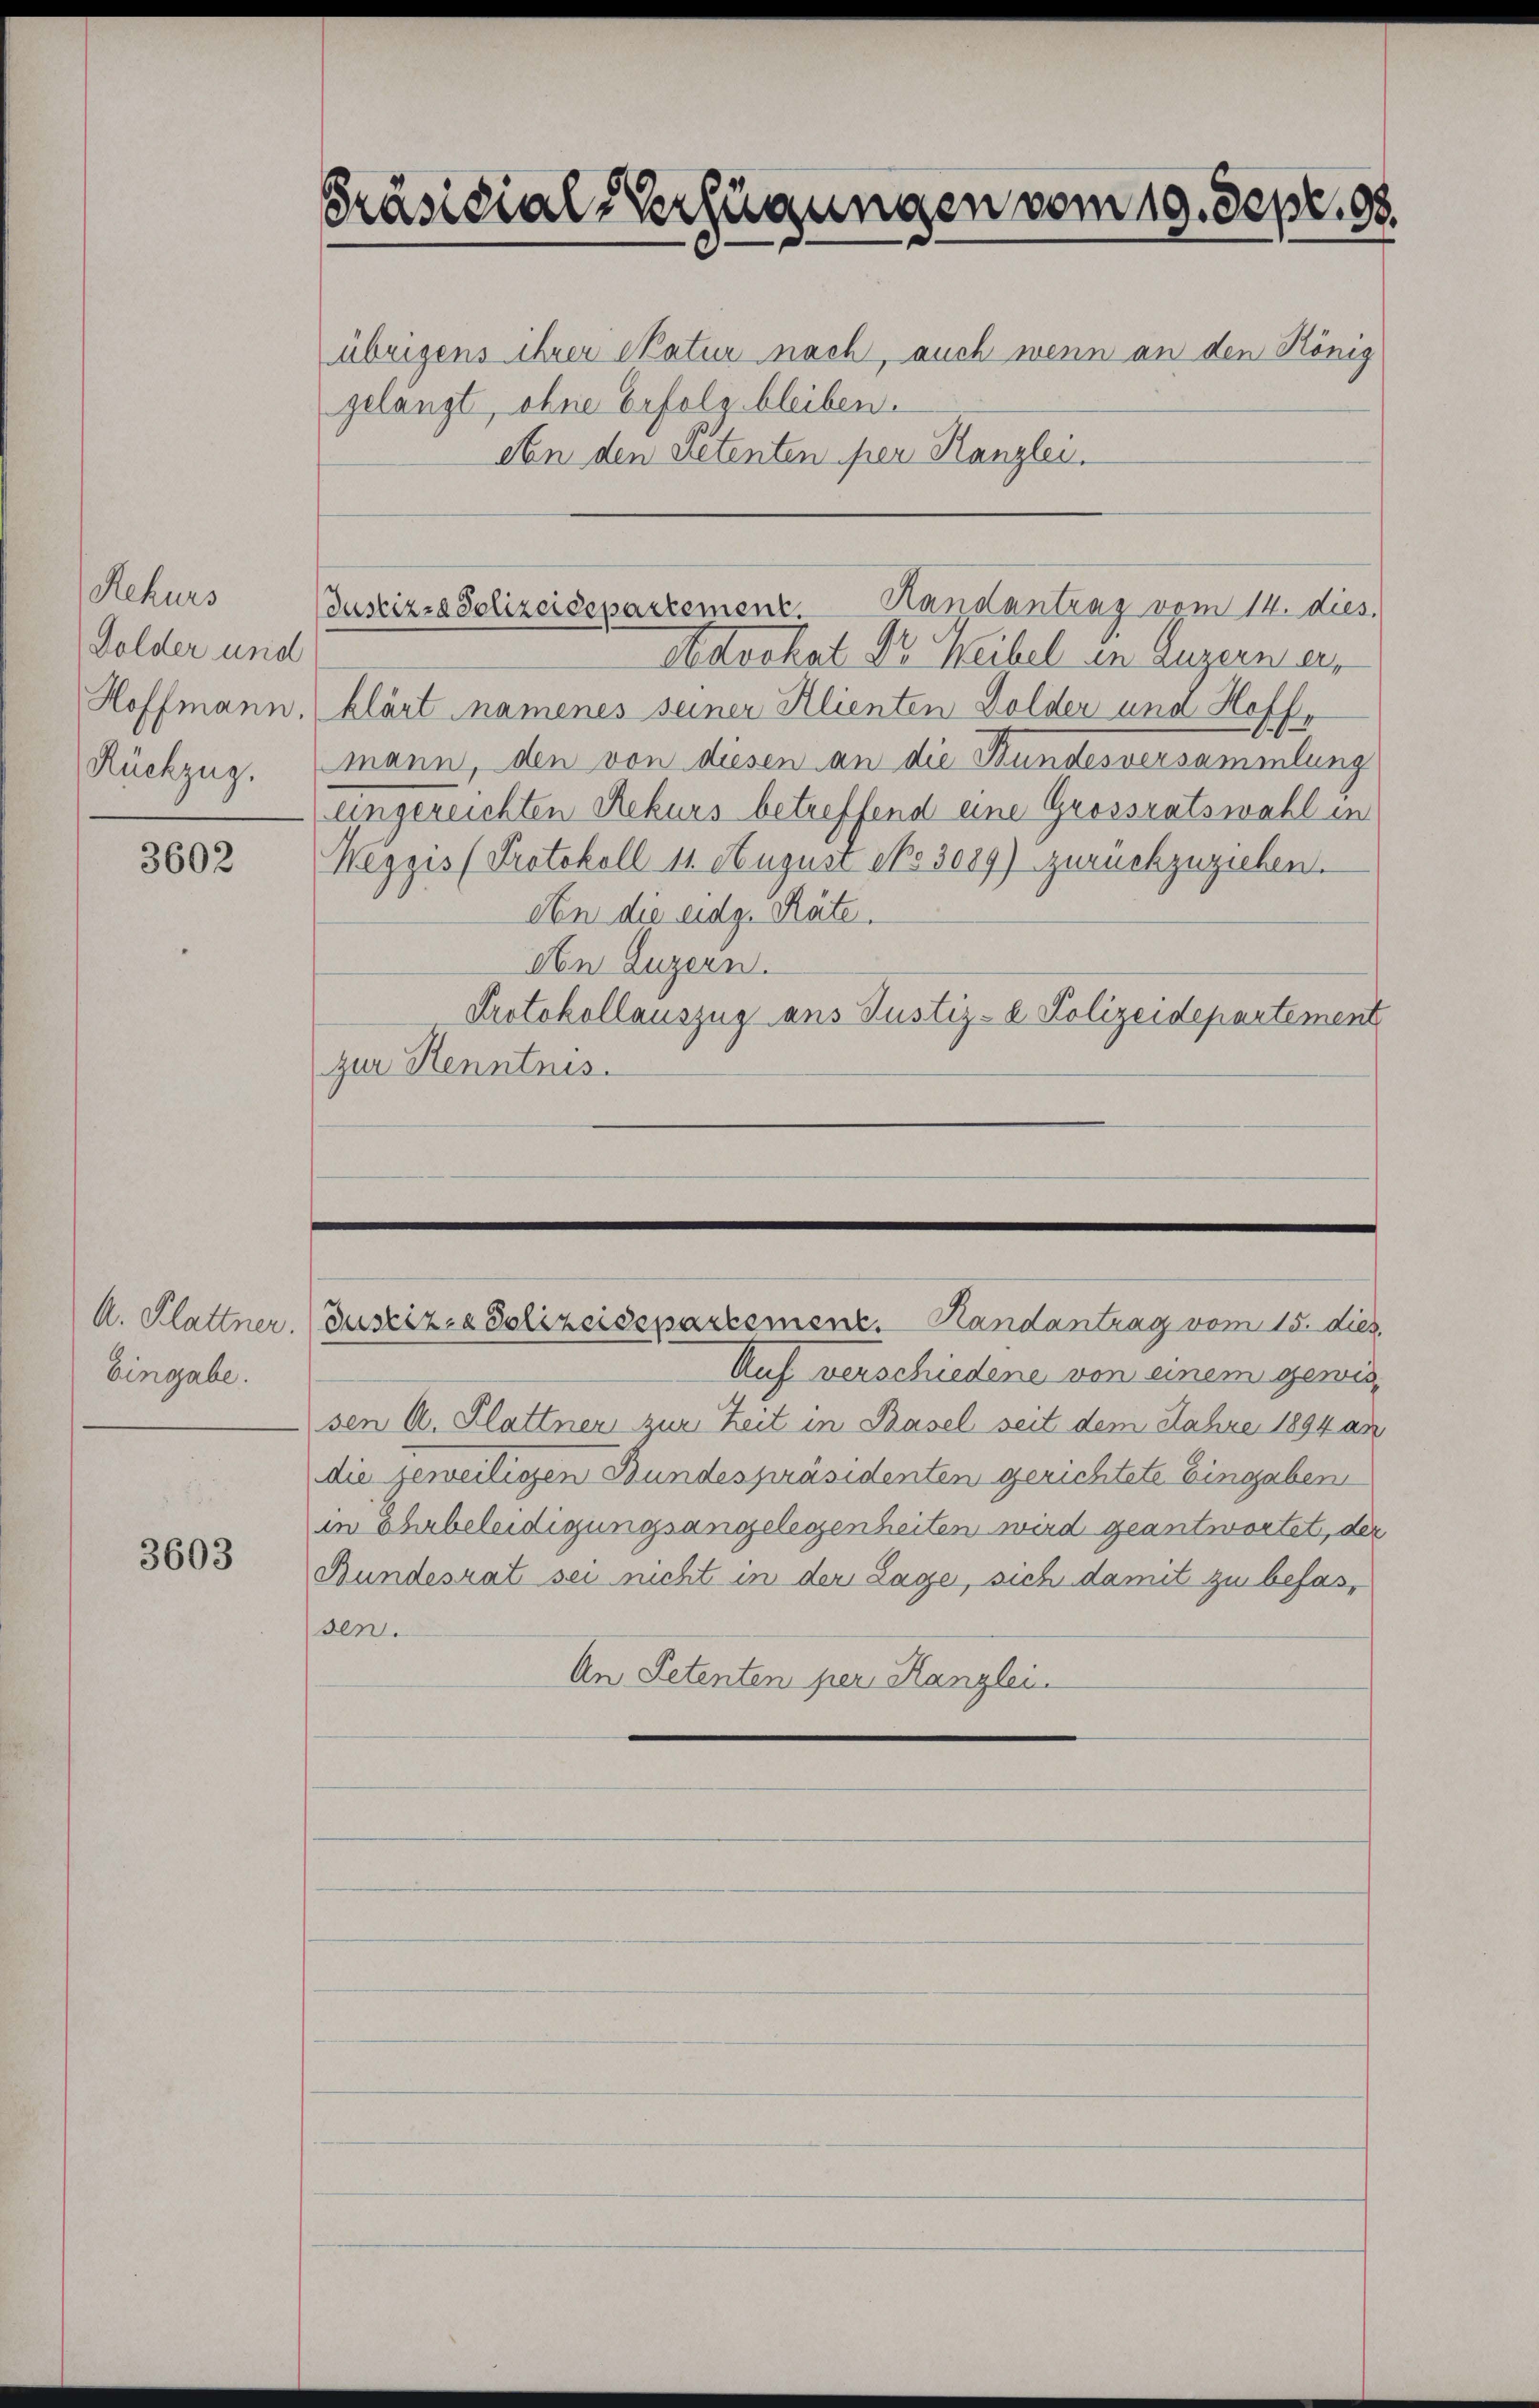
Rekurs
Dolder und
Rückzug.

3602

A. Klattner.
Eingabe.

3603

Präsidial-Verfügungen vom 19. Sept. 98.

übrigens ihrer Skatur nach, auch wenn an den König
gelangt, ohne Erfolg bleiben.
An den pretenten per Kanzlei.

Justiz- & Polizeidepartement. Handantrag vom 14. dies.

Advokat Dr. Weibel in Luzern er¬
Hoffmann, klärt namenes seiner Klienten Dolder und Hoffe
mann, den von diesen an die Bundesversammlung
uingereichten Rekurs betreffend eine Grossratswahl in
Weggis (Protokoll 11. August spo 3089) zurückzuziehen.
An die eidg. Räte.
An Luzern.
Protokollauszug aus Justiz- & Polizeidepartement
zur Kenntnis.

Justiz- & Polizeidepartemenz. Randantrag vom 15. dies
Auf verschiedene von einem gewissen A. Plattner zur Zeit in Basel seit dem Jahre 1894 an
die jeweiligen Bundespräsidenten gerichtete Eingaben
in Ehrbeleidigungsangelegenheiten wird geantwortet, der
Bundesrat sei nicht in der Lage, sich damit zu befassen.
An Petenten per Kanzlei.